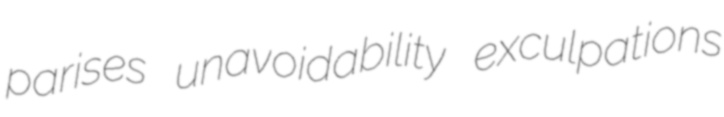
parises unavoidability exculpations